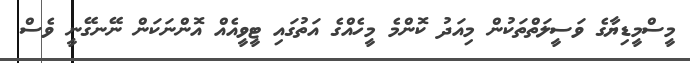
މީސްމީޑިޔާގެ ވަސީލަތްތަކުން މިއަދު ކޮންމެ މީހެއްގެ އަތުގައި ޓީވީއެއް އޮންނަކަން ނޭނގޭނީ ވެސް